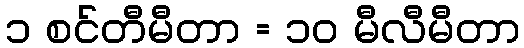
၁ စင်တီမီတာ = ၁၀ မီလီမီတာ